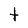
Character: t